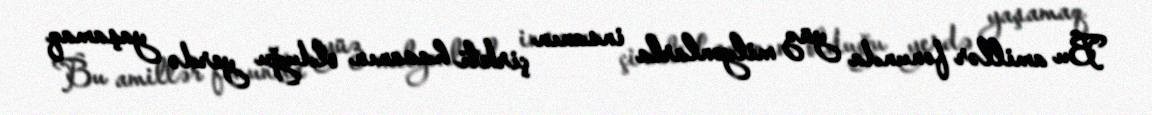
Bu amillər fonunda yüz milyonlarla insanın çirkli havanın olduğu yerdə yaşamaq